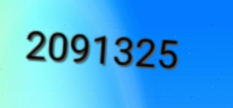
2091325